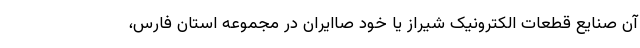
آن صنایع قطعات الکترونیک شیراز یا خود صاایران در مجموعه استان فارس،